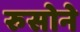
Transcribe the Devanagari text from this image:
रुसोने